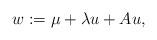
LaTeX: \begin{align*} w:=\mu+\lambda u+Au,\end{align*}